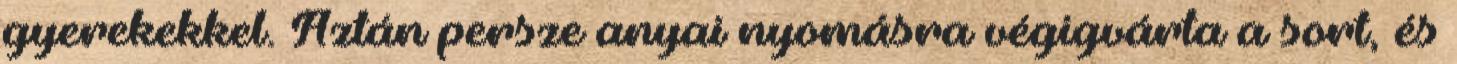
gyerekekkel. Aztán persze anyai nyomásra végigvárta a sort, és